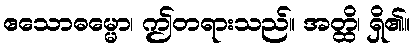
ဧသောဓမ္မော၊ ဤတရားသည်။ အတ္ထိ၊ ရှိ၏။